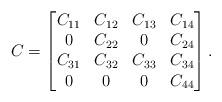
LaTeX: \begin{align*} C=\begin{bmatrix}C_{11} & C_{12} & C_{13} & C_{14} \\0 & C_{22} & 0 & C_{24}\\C_{31} &C_{32} & C_{33} & C_{34} \\0 &0 & 0 & C_{44}\end{bmatrix}.\end{align*}